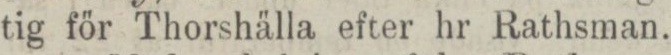
tig för Thorshälla efter hr Rathsman.